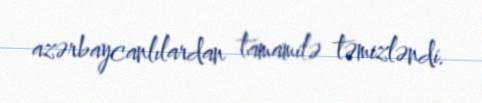
azərbaycanlılardan tamamilə təmizləndi.